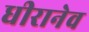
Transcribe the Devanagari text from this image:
धीरानेव